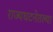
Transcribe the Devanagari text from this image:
राज्यघटनेतल्या